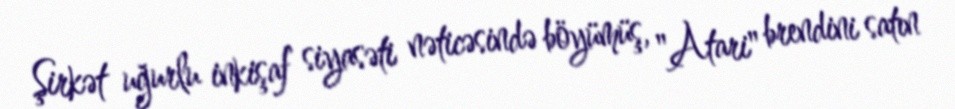
Şirkət uğurlu inkişaf siyasəti nəticəsində böyümüş, "Atari" brendini satın